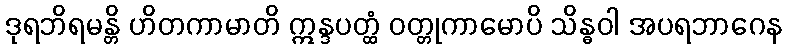
ဒုရဘိရမန္တိ ဟိတကာမာတိ ဣန္ဒပတ္ထံ ဝတ္တုကာမောပိ သိန္ဓဝါ အပရဘာဂေန